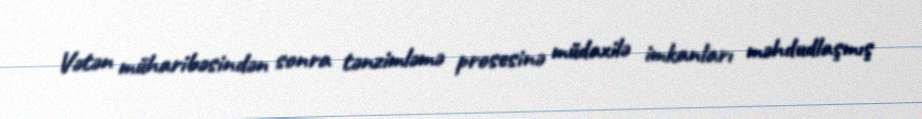
Vətən müharibəsindən sonra tənzimləmə prosesinə müdaxilə imkanları məhdudlaşmış